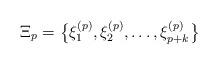
LaTeX: \begin{align*} \Xi_p=\big\{\xi^{(p)}_1,\xi^{(p)}_2,\ldots,\xi^{(p)}_{p+k}\big\} \end{align*}